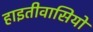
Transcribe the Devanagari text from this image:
हाइतीवासियों